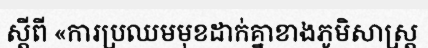
ស្តីពី «ការប្រឈមមុខដាក់គ្នាខាងភូមិសាស្ត្រ